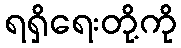
ရရှိရေးတို့ကို